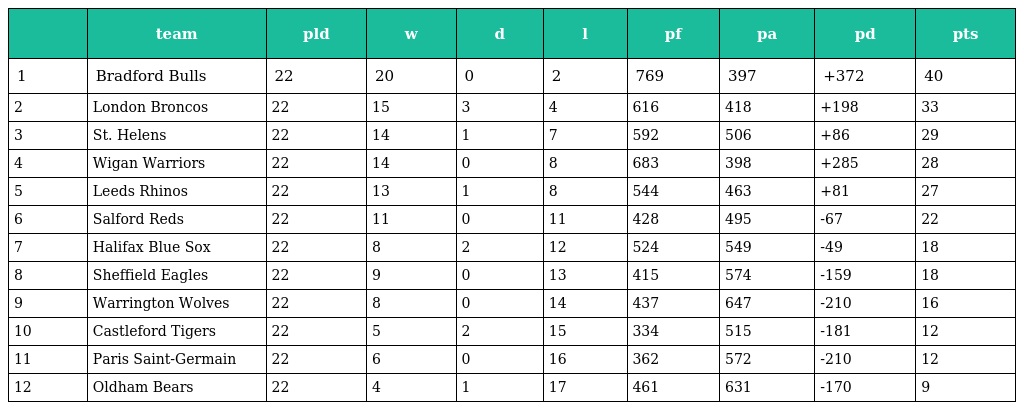
|  | team | pld | w | d | l | pf | pa | pd | pts |
 | --- | --- | --- | --- | --- | --- | --- | --- | --- | --- |
 | 1 | Bradford Bulls | 22 | 20 | 0 | 2 | 769 | 397 | +372 | 40 |
 | 2 | London Broncos | 22 | 15 | 3 | 4 | 616 | 418 | +198 | 33 |
 | 3 | St. Helens | 22 | 14 | 1 | 7 | 592 | 506 | +86 | 29 |
 | 4 | Wigan Warriors | 22 | 14 | 0 | 8 | 683 | 398 | +285 | 28 |
 | 5 | Leeds Rhinos | 22 | 13 | 1 | 8 | 544 | 463 | +81 | 27 |
 | 6 | Salford Reds | 22 | 11 | 0 | 11 | 428 | 495 | -67 | 22 |
 | 7 | Halifax Blue Sox | 22 | 8 | 2 | 12 | 524 | 549 | -49 | 18 |
 | 8 | Sheffield Eagles | 22 | 9 | 0 | 13 | 415 | 574 | -159 | 18 |
 | 9 | Warrington Wolves | 22 | 8 | 0 | 14 | 437 | 647 | -210 | 16 |
 | 10 | Castleford Tigers | 22 | 5 | 2 | 15 | 334 | 515 | -181 | 12 |
 | 11 | Paris Saint-Germain | 22 | 6 | 0 | 16 | 362 | 572 | -210 | 12 |
 | 12 | Oldham Bears | 22 | 4 | 1 | 17 | 461 | 631 | -170 | 9 |